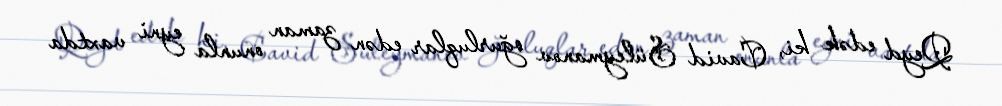
Qeyd edək ki, Cavid Süleymanov oğurluqlar edən zaman onunla eyni vaxtda